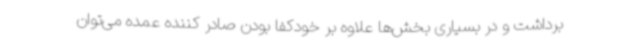
برداشت و در بسیاری بخش‌ها علاوه بر خودکفا بودن صادر کننده عمده می‌توان